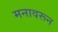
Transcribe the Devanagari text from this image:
मनावरून